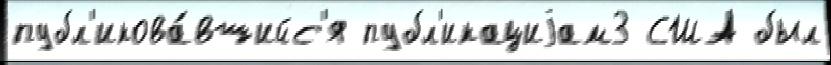
публ'икова́вшийс'я публ'икациjам3 США был